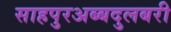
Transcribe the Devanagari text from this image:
साहपुरअब्बदुलबरी